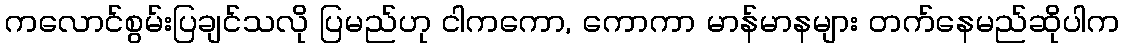
ကလောင်စွမ်းပြချင်သလို ပြမည်ဟု ငါကကော, ကောကာ မာန်မာနများ တက်နေမည်ဆိုပါက